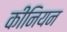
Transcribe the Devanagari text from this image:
कीनियन